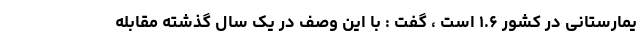
یمارستانی در کشور ۱.۶ است ، گفت : با این وصف در یک سال گذشته مقابله